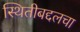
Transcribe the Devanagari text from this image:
स्थितीबद्दलचा